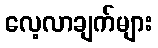
လေ့လာချက်များ